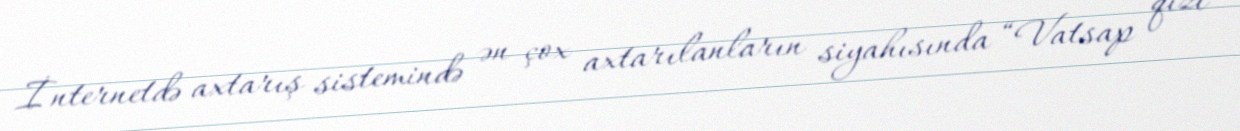
İnternetdə axtarış sistemində ən çox axtarılanların siyahısında “Vatsap qızı